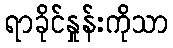
ရာခိုင်နှုန်းကိုသာ